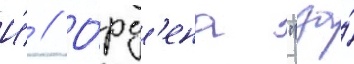
И́ // О́рд'ена "за́